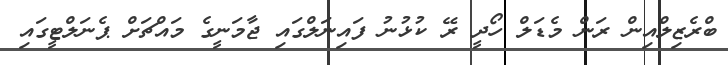
ބްރެޒިލްއިން ރަން މެޑަލް ހޯދީ ރޭ ކުޅުނު ފައިނަލްގައި ޖާމަނީގެ މައްޗަށް ޕެނަލްޓީގައި